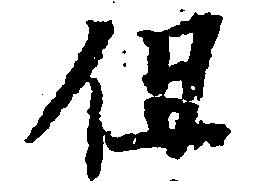
但